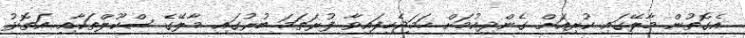
އެގޮތުން މާލޭގައި ކުރިއަށް ގެންދިއުމަށް ހަމަޖެހިފައިވާ ފުރަތަމަ ބުރުގައި މާލޭގެ ސްކޫލްތަކާއި އަތޮޅު